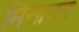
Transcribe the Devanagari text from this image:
मिनादर